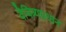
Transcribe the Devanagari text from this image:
वैचित्र्यप्रधान